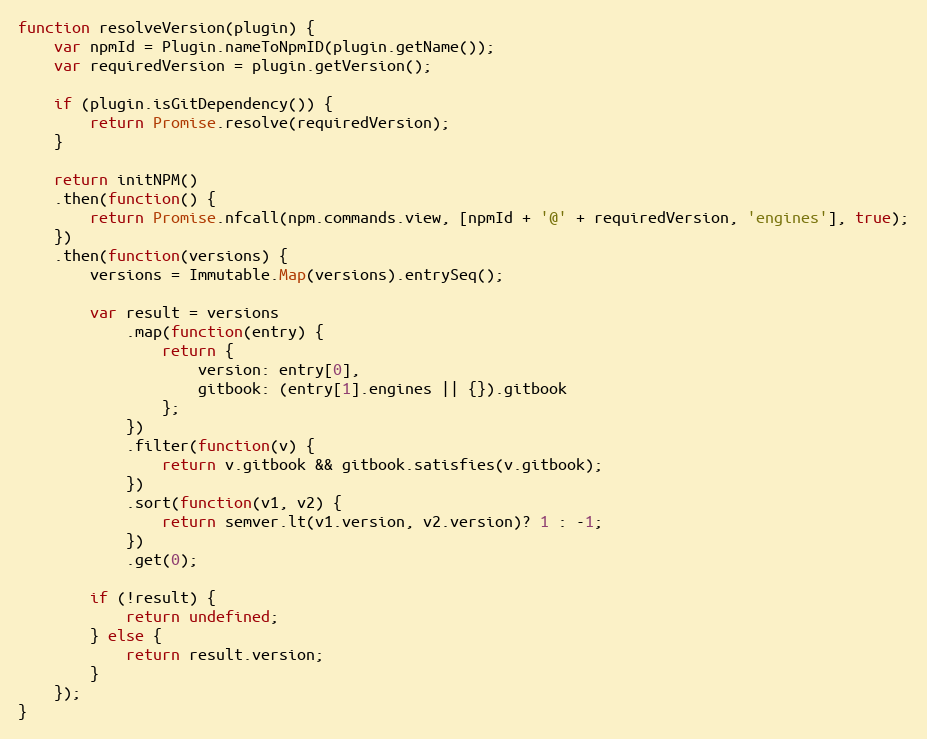
Language: JavaScript
function resolveVersion(plugin) {
    var npmId = Plugin.nameToNpmID(plugin.getName());
    var requiredVersion = plugin.getVersion();

    if (plugin.isGitDependency()) {
        return Promise.resolve(requiredVersion);
    }

    return initNPM()
    .then(function() {
        return Promise.nfcall(npm.commands.view, [npmId + '@' + requiredVersion, 'engines'], true);
    })
    .then(function(versions) {
        versions = Immutable.Map(versions).entrySeq();

        var result = versions
            .map(function(entry) {
                return {
                    version: entry[0],
                    gitbook: (entry[1].engines || {}).gitbook
                };
            })
            .filter(function(v) {
                return v.gitbook && gitbook.satisfies(v.gitbook);
            })
            .sort(function(v1, v2) {
                return semver.lt(v1.version, v2.version)? 1 : -1;
            })
            .get(0);

        if (!result) {
            return undefined;
        } else {
            return result.version;
        }
    });
}